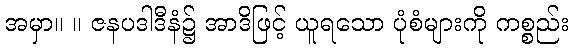
အမှာ။ ။ ဇနပဒါဒီနံ၌ အာဒိဖြင့် ယူရသော ပုံစံများကို ကစ္စည်း